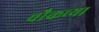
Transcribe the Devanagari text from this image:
चौकच्या